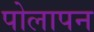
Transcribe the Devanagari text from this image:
पोलापन